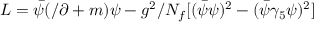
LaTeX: L = \bar { \psi } ( \slash \partial + m ) \psi - g ^ { 2 } / N _ { f } [ ( \bar { \psi } \psi ) ^ { 2 } - ( \bar { \psi } \gamma _ { 5 } \psi ) ^ { 2 } ]